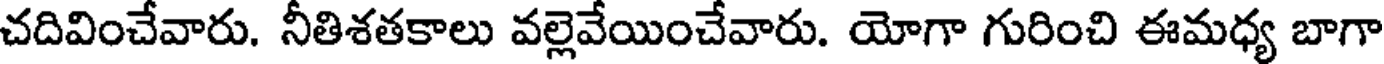
చదివించేవారు. నీతిశతకాలు వల్లెవేయించేవారు. యోగా గురించి ఈమధ్య బాగా